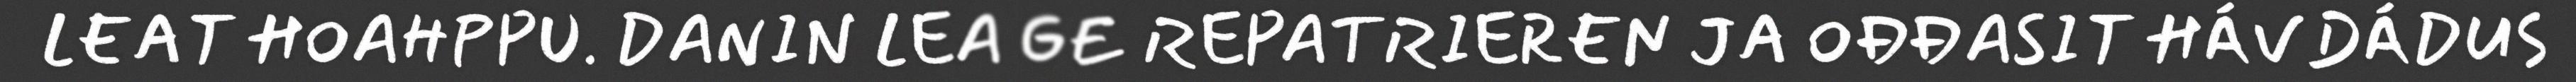
LEAT HOAHPPU. DANIN LEA GE REPATRIEREN JA OĐĐASIT HÁVDÁDUS